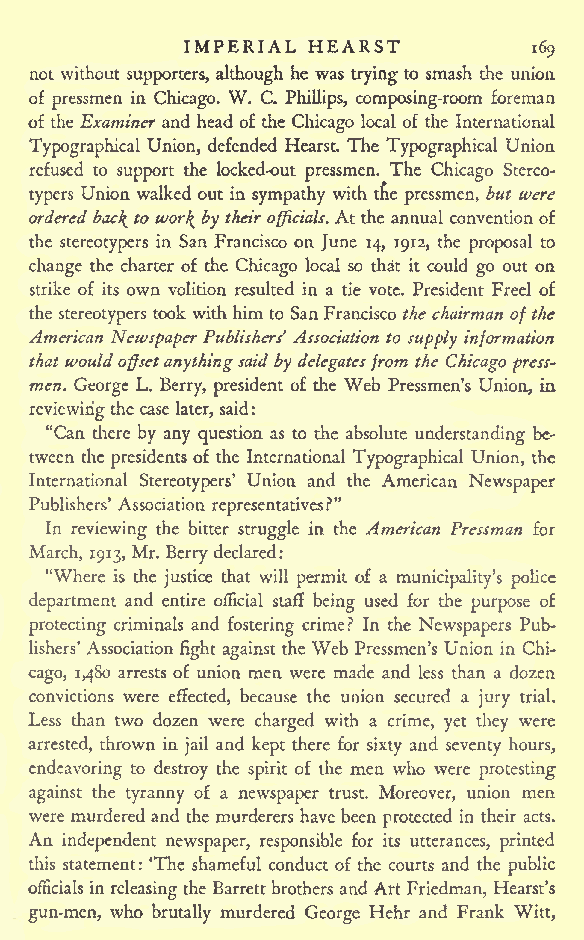
IMPERIAL HEARST
 169
 not without supporters, although he was trying to smash the union
 of pressmen in Chicago. W. C. Phillips, composing-room foreman
 of the Examiner and head of the Chicago local of the International
 Typographical Union, defended Hearst. The Typographical Union
 refused to support the locked-out pressmen. The Chicago Stereo-
 typers Union walkedout in sympathy with the pressmen, but were
 ordered bacJ^ to wor\ bytheir officials. Atthe annual convention of
 the stereotypers in San Francisco on June 14, 1912, the proposal to
 change the charter of the Chicago local so that it could go out on
 strike of its own volition resulted in a tie vote. President Freel of
 the stereotypers took with him to SanFrancisco thechairman ofthe
 American Newspaper Publishers' Association to supply information
 that would offsetanythingsaidby delegatesfrom the Chicago press-
 men. George L. Berry, president of the Web Pressmen's Union, in
 reviewingthe case later, said:
 "Can there by any question as to the absolute understanding be-
 tween the presidents of the International Typographical Union, the
 International Stereotypers' Union and the American Newspaper
 Publishers' Association representatives?"
 In reviewing the bitter struggle in the American Pressman for
 March, 1913, Mr. Berrydeclared:
 "Where is the justice that will permit of a municipality's police
 department and entire official staff being used for the purpose of
 protecting criminals and fostering crime? In the Newspapers Pub-
 lishers' Association fight against the Web Pressmen's Union in Chi-
 cago, 1,480 arrests of union men were made and less than a dozen
 convictions were effected, because the union secured a jury trial.
 Less than two dozen were charged with a crime, yet they were
 arrested, thrown in jail and kept there for sixty and seventy hours,
 endeavoring to destroy the spirit of the men who were protesting
 against the tyranny of a newspaper trust. Moreover, union men
 were murdered and the murderers have been protected in their acts.
 An
 independent newspaper, responsible for its utterances, printed
 this statement: 'The shameful conduct of the courts and the public
 officials in releasingthe Barrettbrothers and Art Friedman, Hearst's
 gun-men, who brutally murdered George Hehr and Frank Witt,